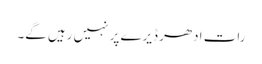
رات ادھر ڈیرے پر نہیں رہیں گے۔